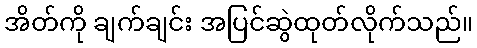
အိတ်ကို ချက်ချင်း အပြင်ဆွဲထုတ်လိုက်သည်။